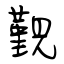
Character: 覲